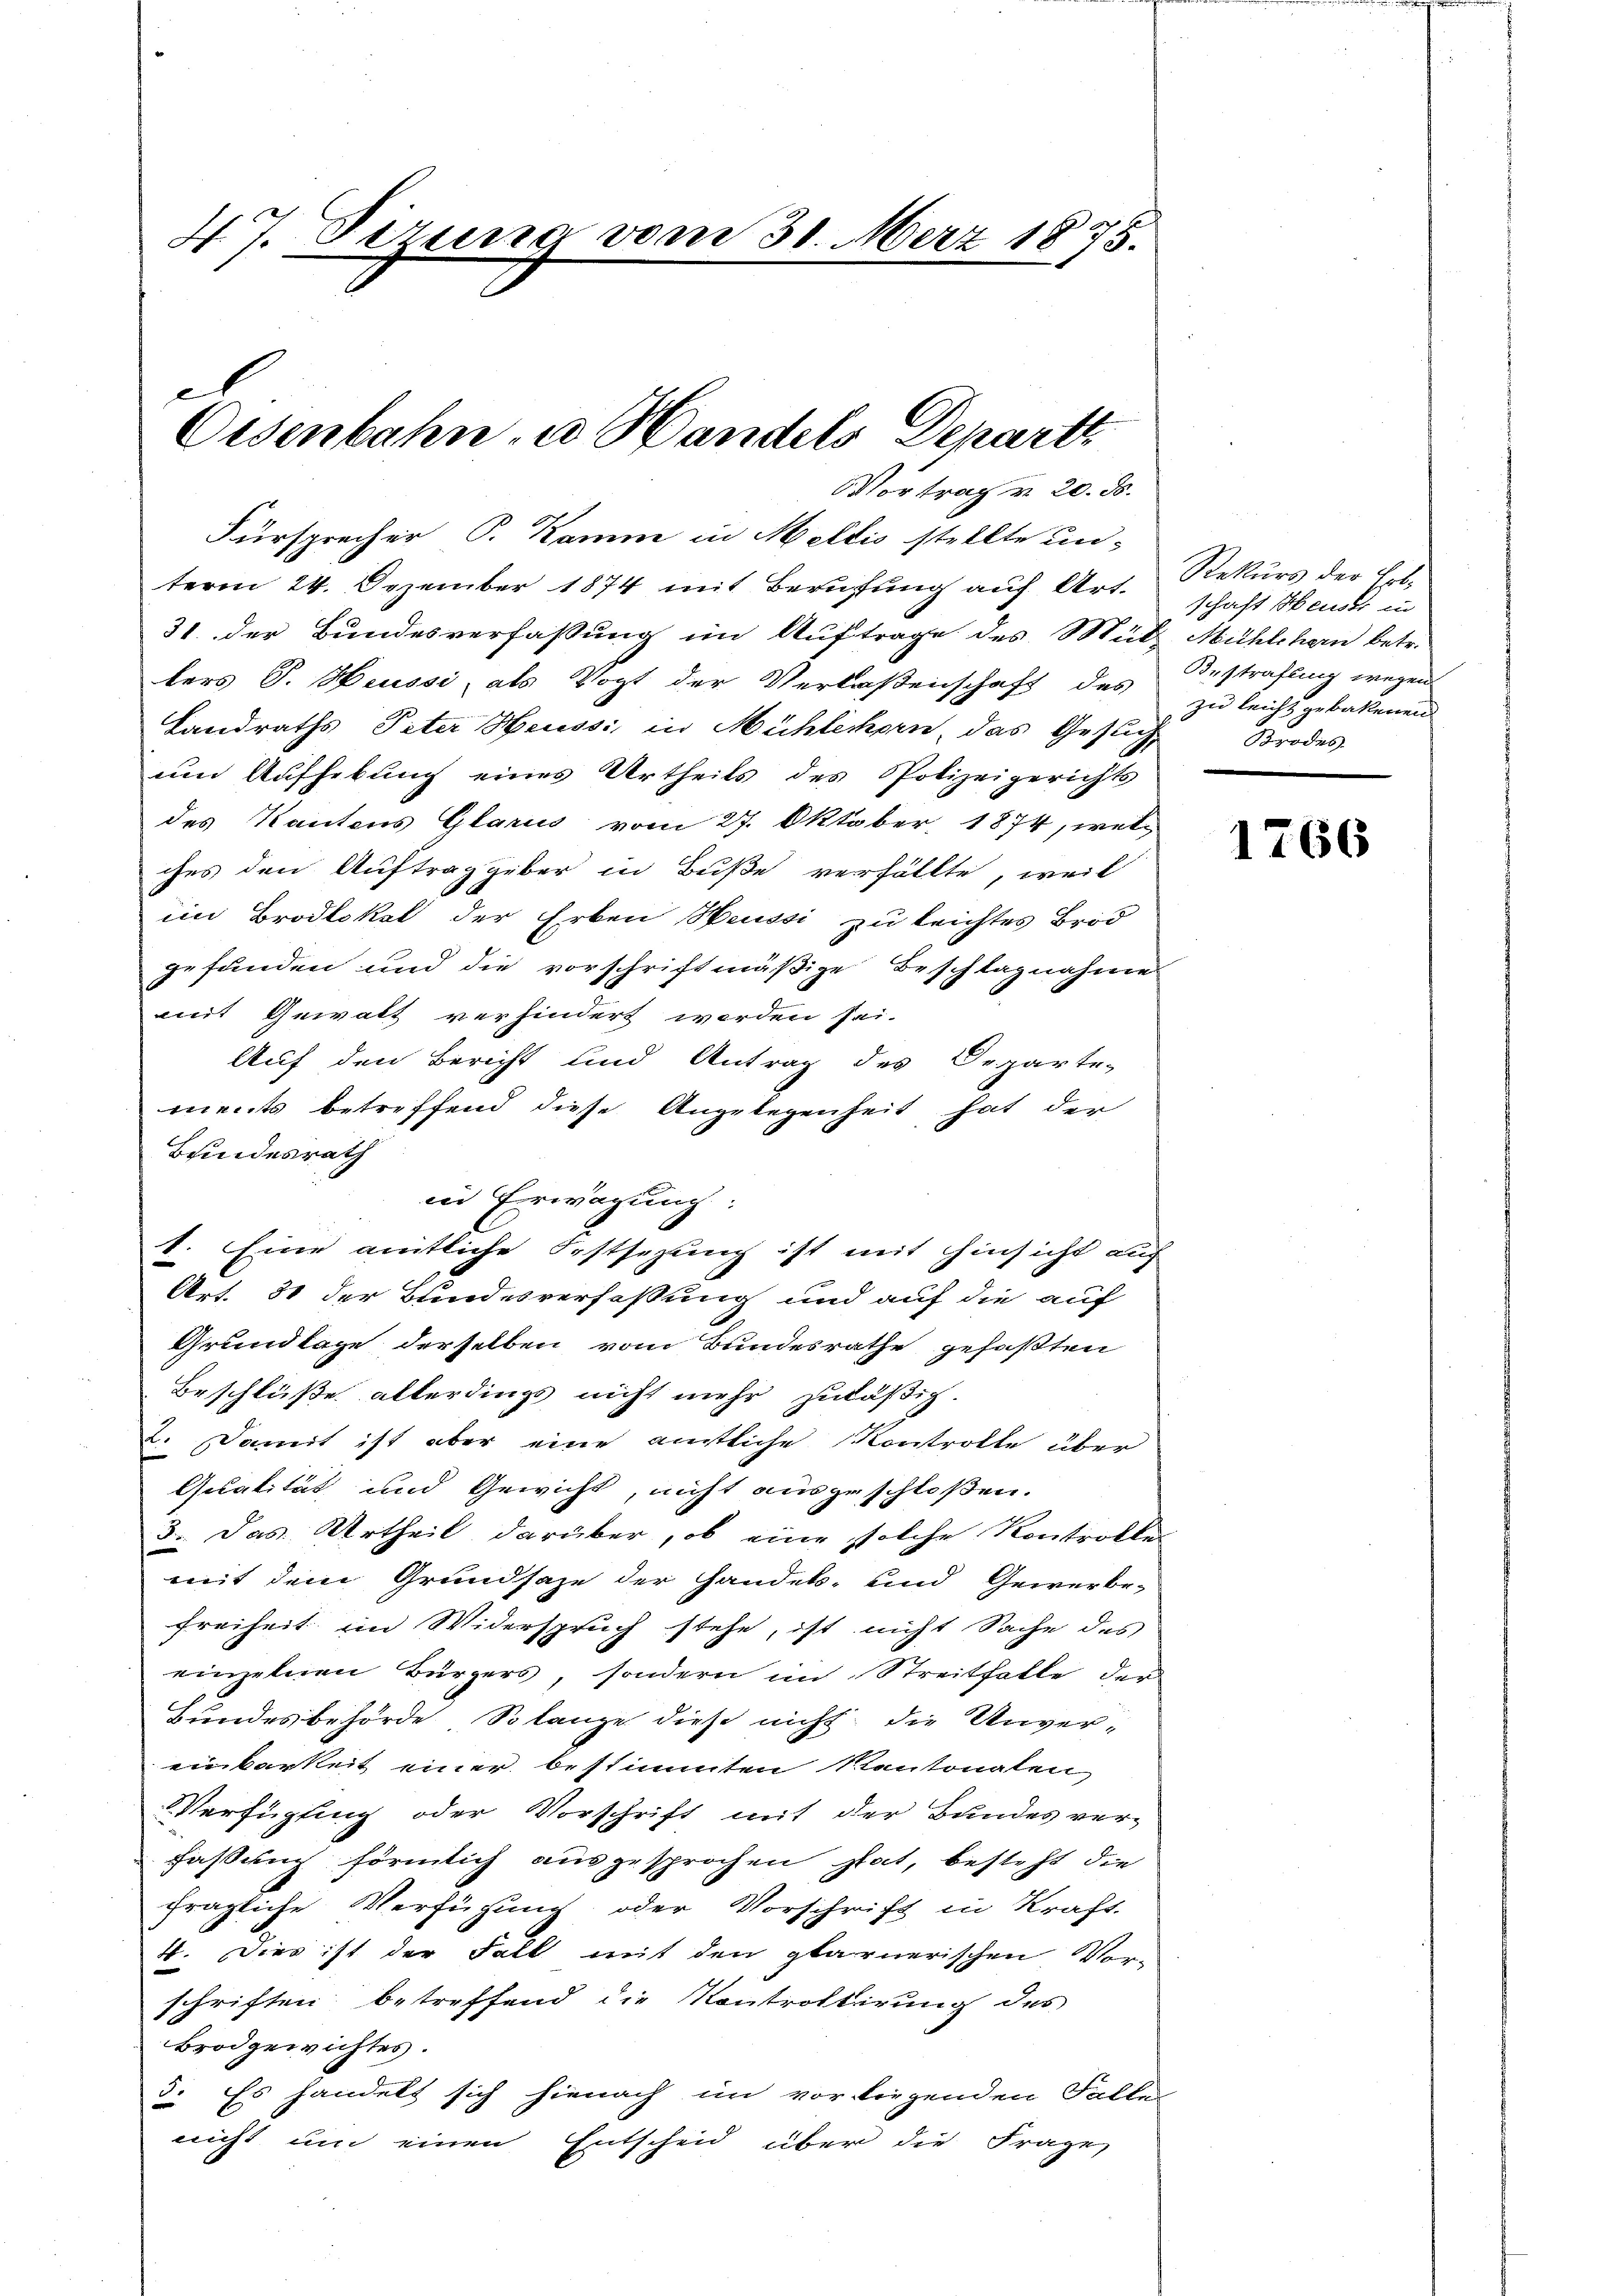
47. Dizuna vom 31. März 1875.

e

Eisenbahn u. Handels Departi

Vortrag v. 20. ds.

Fürsprecher P. Kamm in Mellis stellte un-
term 24. Dezember 1874 mit Berufung auf Art.
31 der Bundesverfassung im Auftrage des Müt-
lers S. Heussi, als Vogt der Verlaßenschaft des
Landraths Peter Heussi in Mühleken, das Gesuch,
um Aufhebung eines Urtheils des Polizeigerichts
des Kantons Glarus vom 27. Oktober, 1874, welches den Auftrag geber in Buße verfällte, weil
im Brodlokal der Erben Heussi zu leichtes Brod
gefunden und die vorschriftmäßige Beschlagnahme
mit Gewalt verhindert werden sei.
Auf den Bericht und Antrag des Departe-
ments betreffend diese Angelegenheit hat der
Bundesrath
in Erwägung:
1. Eine amtliche Festsezung ist mit Hinsicht auch
Art. 31 der Bundesverfassung und auf die auf
Grundlage derselben vom Bundesrathe gefaßten
Beschlüße allerdings nicht mehr zuläßig.
2. Damit ist aber eine amtliche Kontrolle über
f
Qualität und Gewicht, nicht ausgeschloßen.
3. Das Urtheil darüber, ob eine solche Kontrolle
mit dem Grundsaze der Handels- und Gewerbe-
Freiheit im Widerspruch stehe, ist nicht Sache des
einzelnen Bürgers, sondern im Streitfalle der
Bundesbehörde Solange diese nicht die Unver-
einbarkeit einer bestimmten Kantonalen
Verfügung oder Vorschrift mit der Bundes ver-
faßung förmlich ausgesprochen stat, besteht die
fragliche Verfügung oder Vorschrift in Kraft
4. Dies ist der Fall mit den glarnerischen Ver-
schriften betreffend die Kontrotterung des
Brodgewichtes.
3. Es handelt sich hienach im vorbirgenden Falle
nicht um einen Entscheid über die Frage

Rekurs der Erbschaft Heus
Michlchern betr.
Bestrafung wegen
zu leicht gebackenen
Brodes

1766